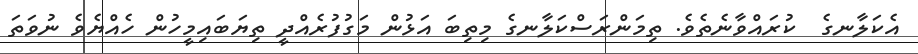
އެކަލާނގެ  ކުރައްވާނެތެވެ. ތިމަންރަސްކަލާނގެ މިތިބަ އަޅުން މަގުފުރެއްދީ ތިޔަބައިމީހުން ހެއްޔެވެ ނުވަތަ